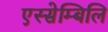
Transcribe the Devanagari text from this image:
एस्सेम्बिलि